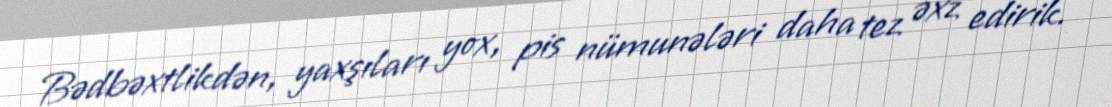
Bədbəxtlikdən, yaxşıları yox, pis nümunələri daha tez əxz edirik.